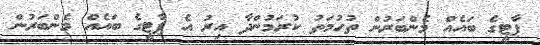
ޕާޓީގެ ބައެއް މެންބަރުން ތުހުމަތު ކުރަމުންދާ އިރު އެ ޕާޓީގެ ބައެއް މެންބަރުން